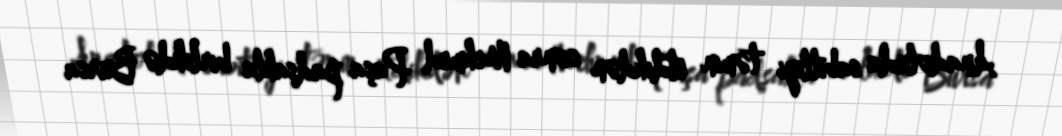
Anadoluda sabitliyi təmin etdikdən sonra Mehmed Paşa padşahla birlikdə Bursa